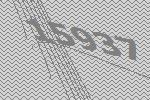
15937